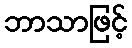
ဘာသာဖြင့်